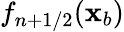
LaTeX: f_{n+1/2}(\mathbf x_{b})